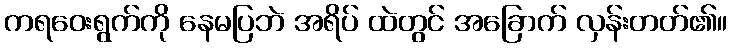
ကရဝေးရွက်ကို နေမပြဘဲ အရိပ် ထဲတွင် အခြောက် လှန်းတတ်၏။